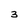
Character: 3